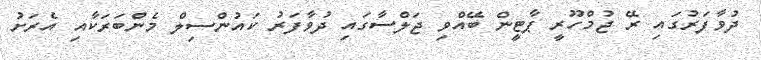
ދުވާފަރުގައި ރޭ ޖުމްހޫރީީ ޕާޓީން ބޭއްވި ޖަލްސާގައި ދުވާފަރު ކައުންސިލް މެންބަރަކާއި އެރަށު